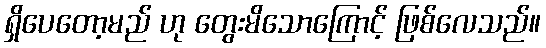
ရှိပေတော့မည် ဟု တွေးမိသောကြောင့် ဖြစ်လေသည်။